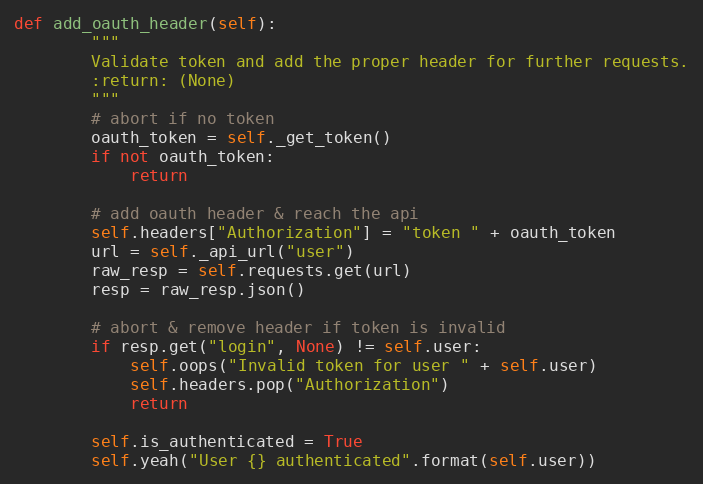
Language: Python
def add_oauth_header(self):
        """
        Validate token and add the proper header for further requests.
        :return: (None)
        """
        # abort if no token
        oauth_token = self._get_token()
        if not oauth_token:
            return

        # add oauth header & reach the api
        self.headers["Authorization"] = "token " + oauth_token
        url = self._api_url("user")
        raw_resp = self.requests.get(url)
        resp = raw_resp.json()

        # abort & remove header if token is invalid
        if resp.get("login", None) != self.user:
            self.oops("Invalid token for user " + self.user)
            self.headers.pop("Authorization")
            return

        self.is_authenticated = True
        self.yeah("User {} authenticated".format(self.user))